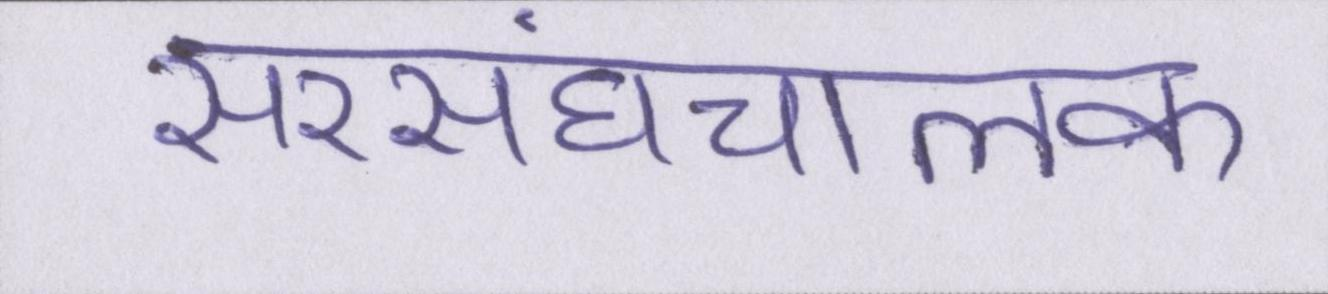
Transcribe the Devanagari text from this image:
सरसंघचालक